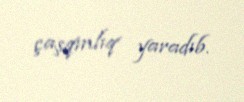
çaşqınlıq yaradıb.